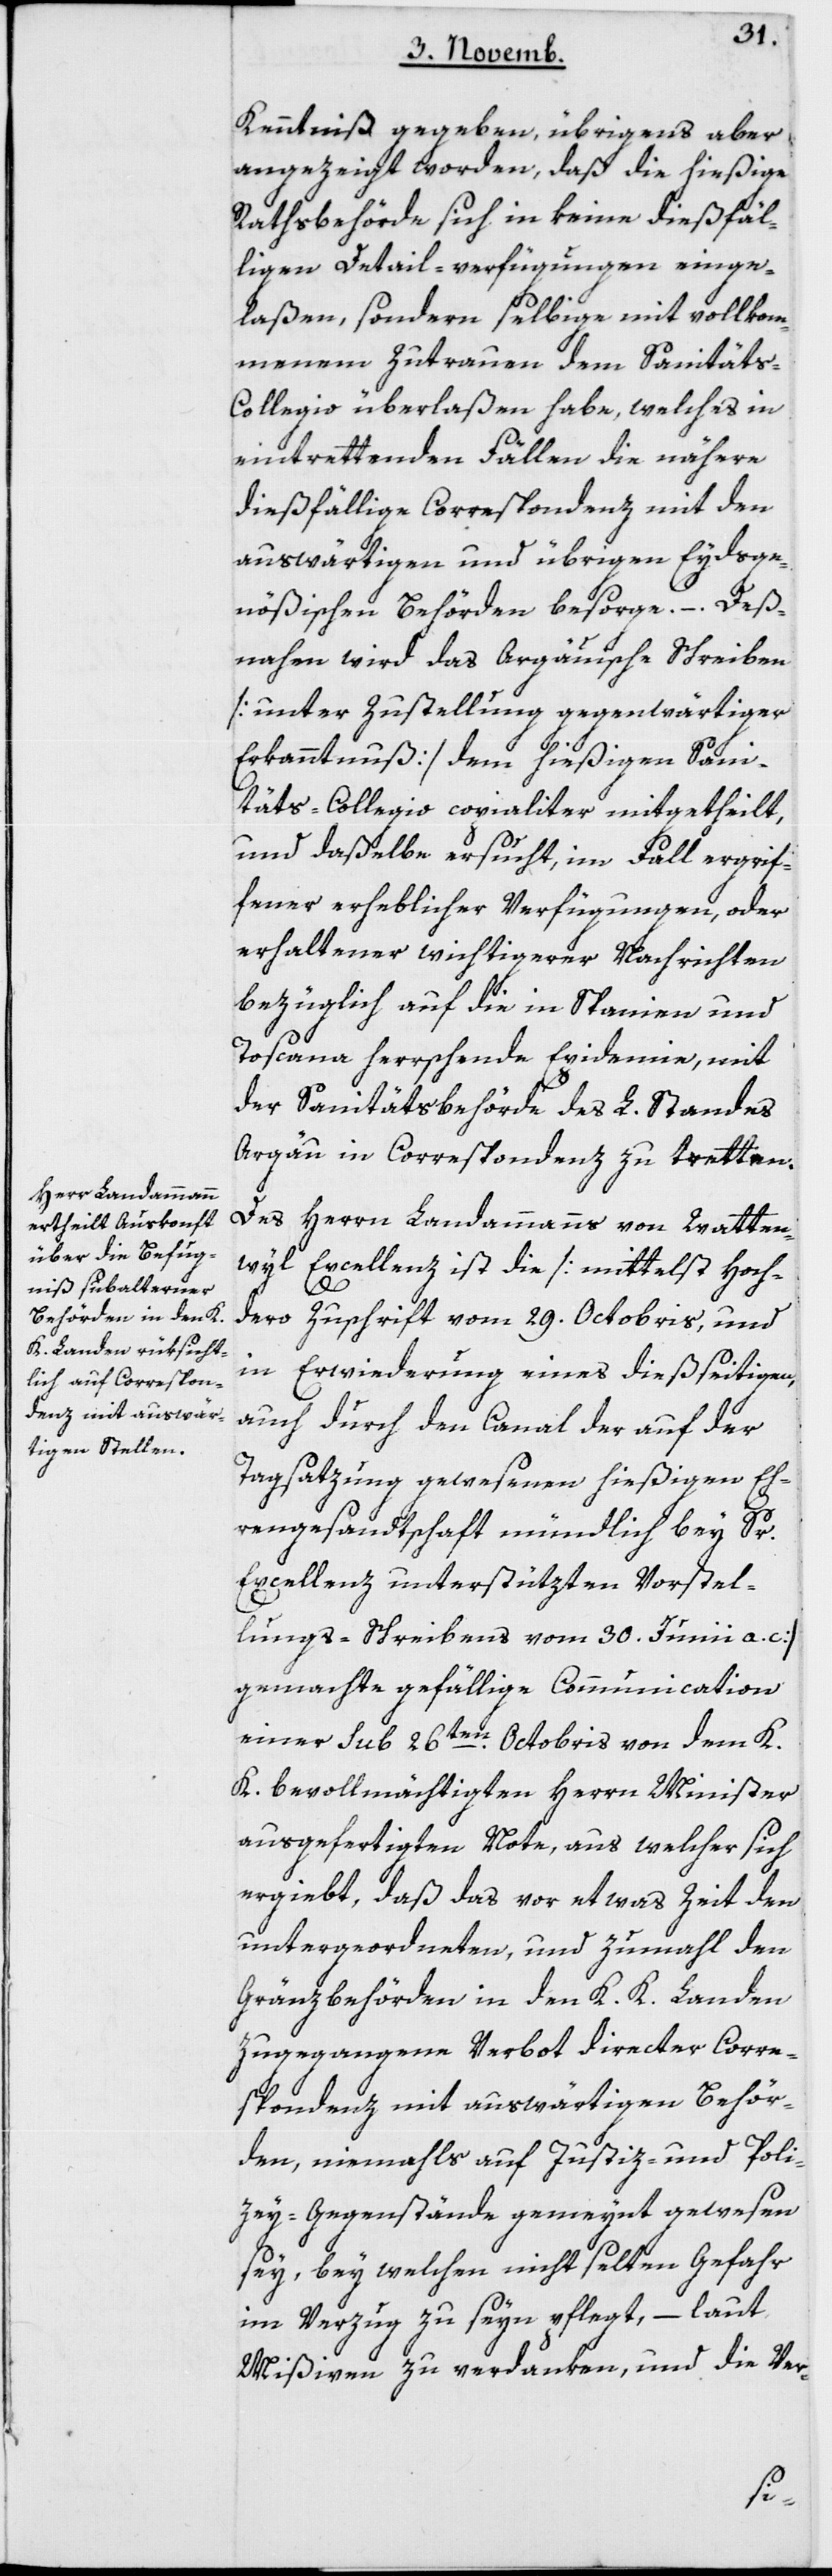
Kenntniß gegeben, übrigens aber
angezeigt worden, daß die hießige
Rathsbehörde sich in keine dießfäl¬
ligen Detail-verfügungen einge¬
laßen, sondern selbige mit vollkom¬
menem Zutrauen dem Sanität¬
s-Collegio überlaßen habe, welches in
eintrettenden Fällen die nähere
diesfällige Correspondenz mit den
auswärtigen und übrigen Eydsge¬
nößischen Behörden besorge. – Des¬
nahen wird das Argauische Schreiben
[unter Zustellung gegenwärtiger
Erkanntnus] dem hießigen Sani¬
täts-Collegio copialiter mitgetheilt,
und daßelbe ersucht, im Fall ergrif¬
fener erheblicher Verfügungen, oder
erhaltener wichtigerer Nachrichten
bezüglich auf die in Spanien und
Toscana herrschende Epidemie, mit
der Sanitätsbehörde des L. Standes
Argau in Correspondenz zu tretten.
Des Herrn Landammanns von Watten¬
wyl Excellenz ist die [mittelst hoch¬
dero Zuschrift vom 29ten Octobris, und
in Erwiederung eines dieß seitigen,
auch durch den Canal der auf der
Tagsatzung gewesenen hießigen Eh¬
rengesandtschaft mündlich bey Sr.
Excellenz unterstützten Vorstel¬
lungs-Schreiben vom 30sten Junii a. c.]
gemachte gefällige Communication
einer sub 26ten Octobris von dem K.
K. bevollmächtigten Herrn Minister
ausgefertigten Note, aus welcher sich
ergiebt, daß das vor etwas Zeit den
untergeordneten und zumahl den
Gränzbehörden in den K. K. Landen
zugegangene Verbot directer Corre¬
spondenz mit auswärtigen Behör¬
den, niemahls auf Justiz- und Poli¬
zey-Gegenstände gemeint gewesen
sey, bey welchen nicht selten Gefahr
im Verzug zu seyn pflegt, – laut
Mißiven zu verdanken, und die Ver-